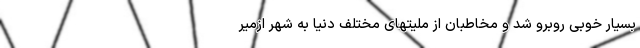
بسیار خوبی روبرو شد و مخاطبان از ملیتهای مختلف دنیا به شهر ازمیر